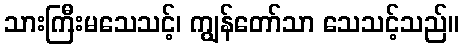
သားကြီးမသေသင့်၊ ကျွန်တော်သာ သေသင့်သည်။